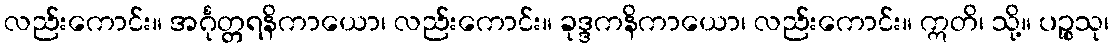
လည်းကောင်း။ အင်္ဂုတ္တရနိကာယော၊ လည်းကောင်း။ ခုဒ္ဒကနိကာယော၊ လည်းကောင်း။ ဣတိ၊ သို့။ ပဉ္စသု၊